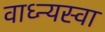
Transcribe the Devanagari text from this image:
वाध्न्यस्वा